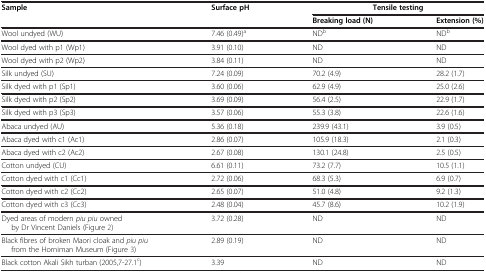
<table><thead><tr><td><b>Sample</b></td><td><b>Surface pH</b></td><td colspan="2"><b>Tensile testing</b></td></tr><tr><td><b> </b></td><td><b> </b></td><td><b>Breaking load (N)</b></td><td><b>Extension (%)</b></td></tr></thead><tbody><tr><td>Wool undyed (WU)</td><td>7.46 (0.49)<sup>a</sup></td><td>ND<sup>b</sup></td><td>ND<sup>b</sup></td></tr><tr><td>Wool dyed with p1 (Wp1)</td><td>3.91 (0.10)</td><td>ND</td><td>ND</td></tr><tr><td>Wool dyed with p2 (Wp2)</td><td>3.84 (0.11)</td><td>ND</td><td>ND</td></tr><tr><td>Silk undyed (SU)</td><td>7.24 (0.09)</td><td>70.2 (4.9)</td><td>28.2 (1.7)</td></tr><tr><td>Silk dyed with p1 (Sp1)</td><td>3.60 (0.06)</td><td>62.9 (4.9)</td><td>25.0 (2.6)</td></tr><tr><td>Silk dyed with p2 (Sp2)</td><td>3.69 (0.09)</td><td>56.4 (2.5)</td><td>22.9 (1.7)</td></tr><tr><td>Silk dyed with p3 (Sp3)</td><td>3.57 (0.06)</td><td>55.3 (3.8)</td><td>22.6 (1.6)</td></tr><tr><td>Abaca undyed (AU)</td><td>5.36 (0.18)</td><td>239.9 (43.1)</td><td>3.9 (0.5)</td></tr><tr><td>Abaca dyed with c1 (Ac1)</td><td>2.86 (0.07)</td><td>105.9 (18.3)</td><td>2.1 (0.3)</td></tr><tr><td>Abaca dyed with c2 (Ac2)</td><td>2.67 (0.08)</td><td>130.1 (24.8)</td><td>2.5 (0.5)</td></tr><tr><td>Cotton undyed (CU)</td><td>6.61 (0.11)</td><td>73.2 (7.7)</td><td>10.5 (1.1)</td></tr><tr><td>Cotton dyed with c1 (Cc1)</td><td>2.72 (0.06)</td><td>68.3 (5.3)</td><td>6.9 (0.7)</td></tr><tr><td>Cotton dyed with c2 (Cc2)</td><td>2.65 (0.07)</td><td>51.0 (4.8)</td><td>9.2 (1.3)</td></tr><tr><td>Cotton dyed with c3 (Cc3)</td><td>2.48 (0.04)</td><td>45.7 (8.6)</td><td>10.2 (1.9)</td></tr><tr><td>Dyed areas of modern <i>piu piu</i> ownedby Dr Vincent Daniels (Figure 2)</td><td>3.72 (0.28)</td><td>ND</td><td>ND</td></tr><tr><td>Black fibres of broken Maori cloak and <i>piu piu</i>from the Horniman Museum (Figure 3)</td><td>2.89 (0.19)</td><td>ND</td><td>ND</td></tr><tr><td>Black cotton Akali Sikh turban (2005,7-27.1<sup>c</sup>)</td><td>3.39</td><td>ND</td><td>ND</td></tr></tbody></table>